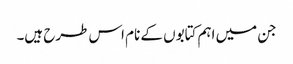
جن میں اہم کتابوں کے نام اس طرح ہیں۔